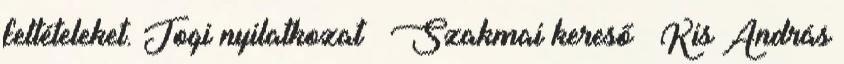
feltételeket. Jogi nyilatkozat « Szakmai kereső » Kis András